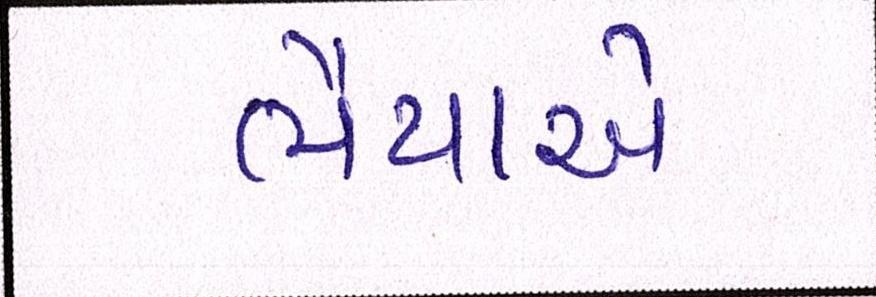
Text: ભૈયાએ